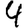
Digit: 4